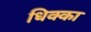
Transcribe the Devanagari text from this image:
धिक्का